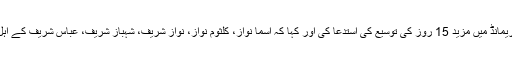
دوران سماعت نیب نے ملزمان کے جسمانی ریمانڈ میں مزید 15 روز کی توسیع کی استدعا کی اور کہا کہ اسما نواز، کلثوم نواز، نواز شریف، شہباز شریف، عباس شریف کے اہل خانہ بھی چوہدری شوگر ملز میں شامل تھی۔